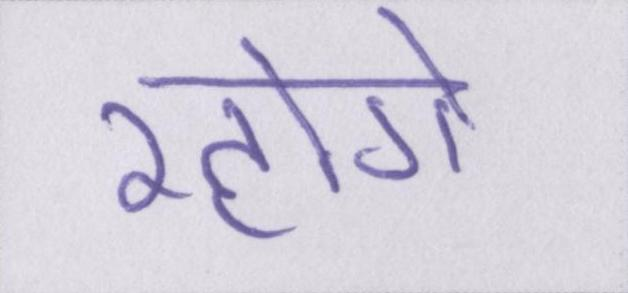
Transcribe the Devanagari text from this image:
रहोगे